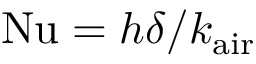
\mathrm { N u } = h \delta / k _ { \mathrm { a i r } }